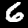
Label: 6